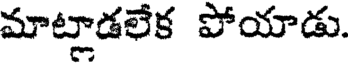
మాట్లాడలేక పోయాడు.